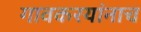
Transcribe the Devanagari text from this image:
गावकरयांनाच